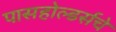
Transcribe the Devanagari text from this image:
पासहोल्डर्सचे